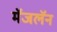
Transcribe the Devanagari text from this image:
मॅजलॅन